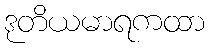
ဒုတိယမာရကထာ